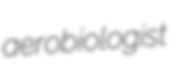
aerobiologist